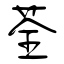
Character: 荃